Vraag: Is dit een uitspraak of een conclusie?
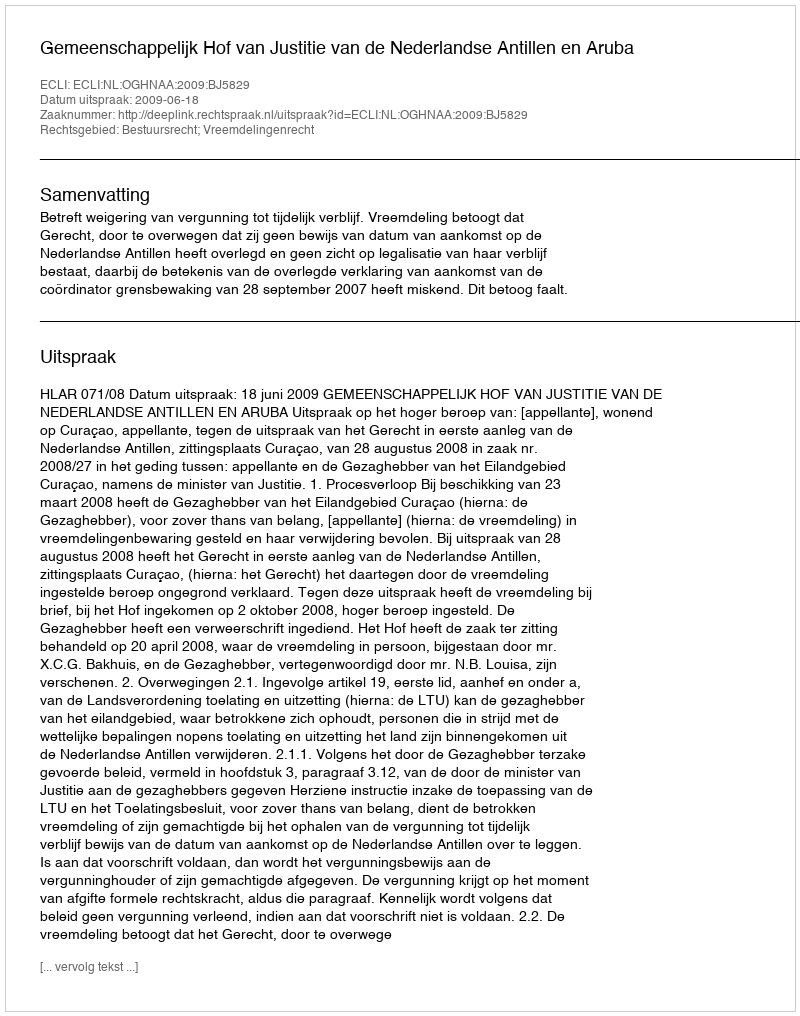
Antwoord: Uitspraak